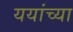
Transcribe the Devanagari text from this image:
ययांच्या